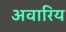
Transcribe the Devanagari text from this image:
अवारिय